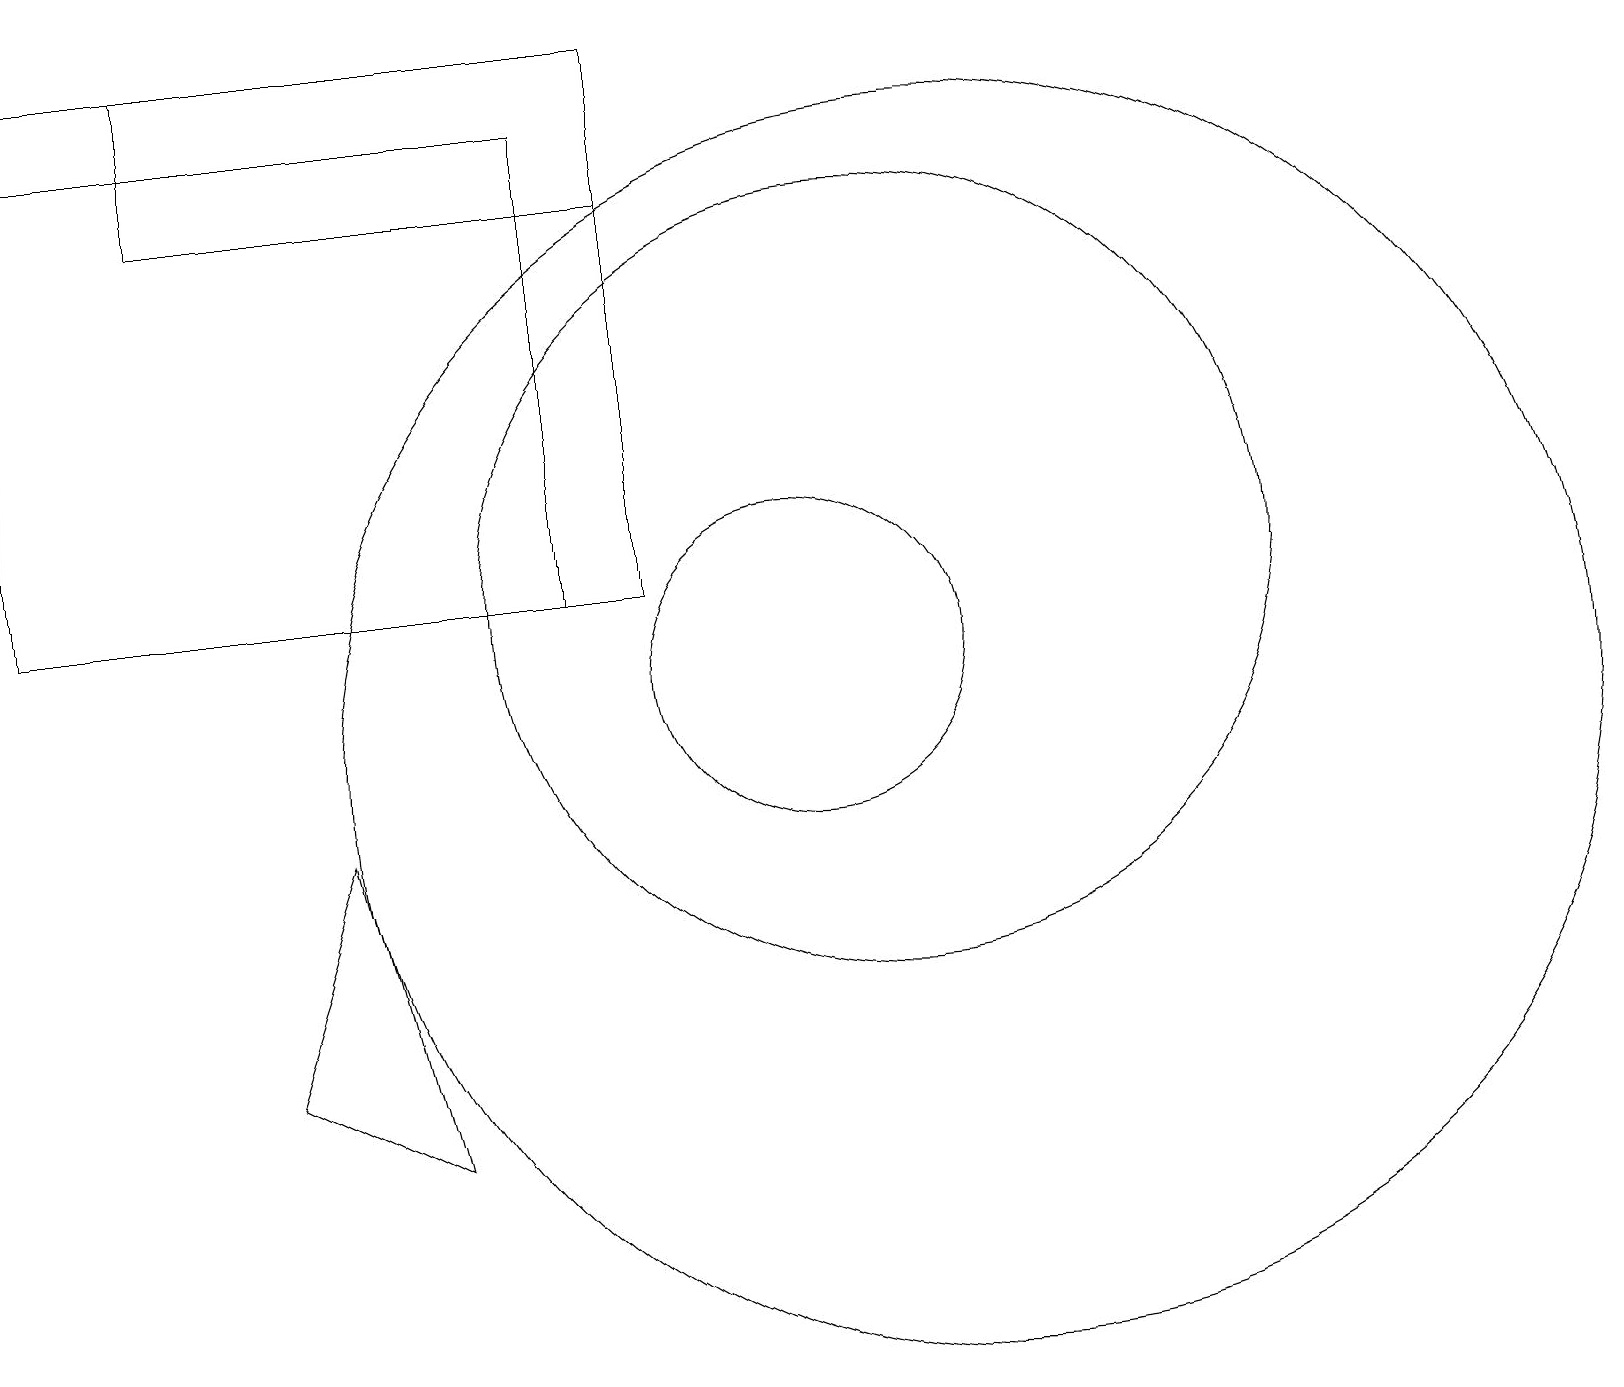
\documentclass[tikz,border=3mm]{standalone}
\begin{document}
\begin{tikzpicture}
\draw (4,9) -- (3,6) -- (5,5) -- cycle;
\draw (0,12) rectangle (8,19);
\draw (11,12) circle (0);
\draw (11,12) circle (5);
\draw (2,17) rectangle (8,19);
\draw (12,10) circle (8);
\draw (10,11) circle (2);
\draw (7,18) rectangle (0,12);
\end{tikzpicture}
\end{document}